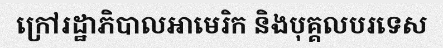
ក្រៅរដ្ឋាភិបាលអាមេរិក និងបុគ្គលបរទេស